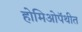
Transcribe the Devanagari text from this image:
होमिओपॅथीत